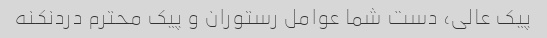
پیک عالی، دست شما عوامل رستوران و پیک محترم دردنکنه